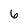
Character: 6